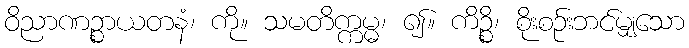
ဝိညာဏဉ္စာယတနံ၊ ကို။ သမတိက္ကမ္မ၊ ၍။ ကိဉ္စိ၊ စိုးစဉ်းဘင်မျှသော